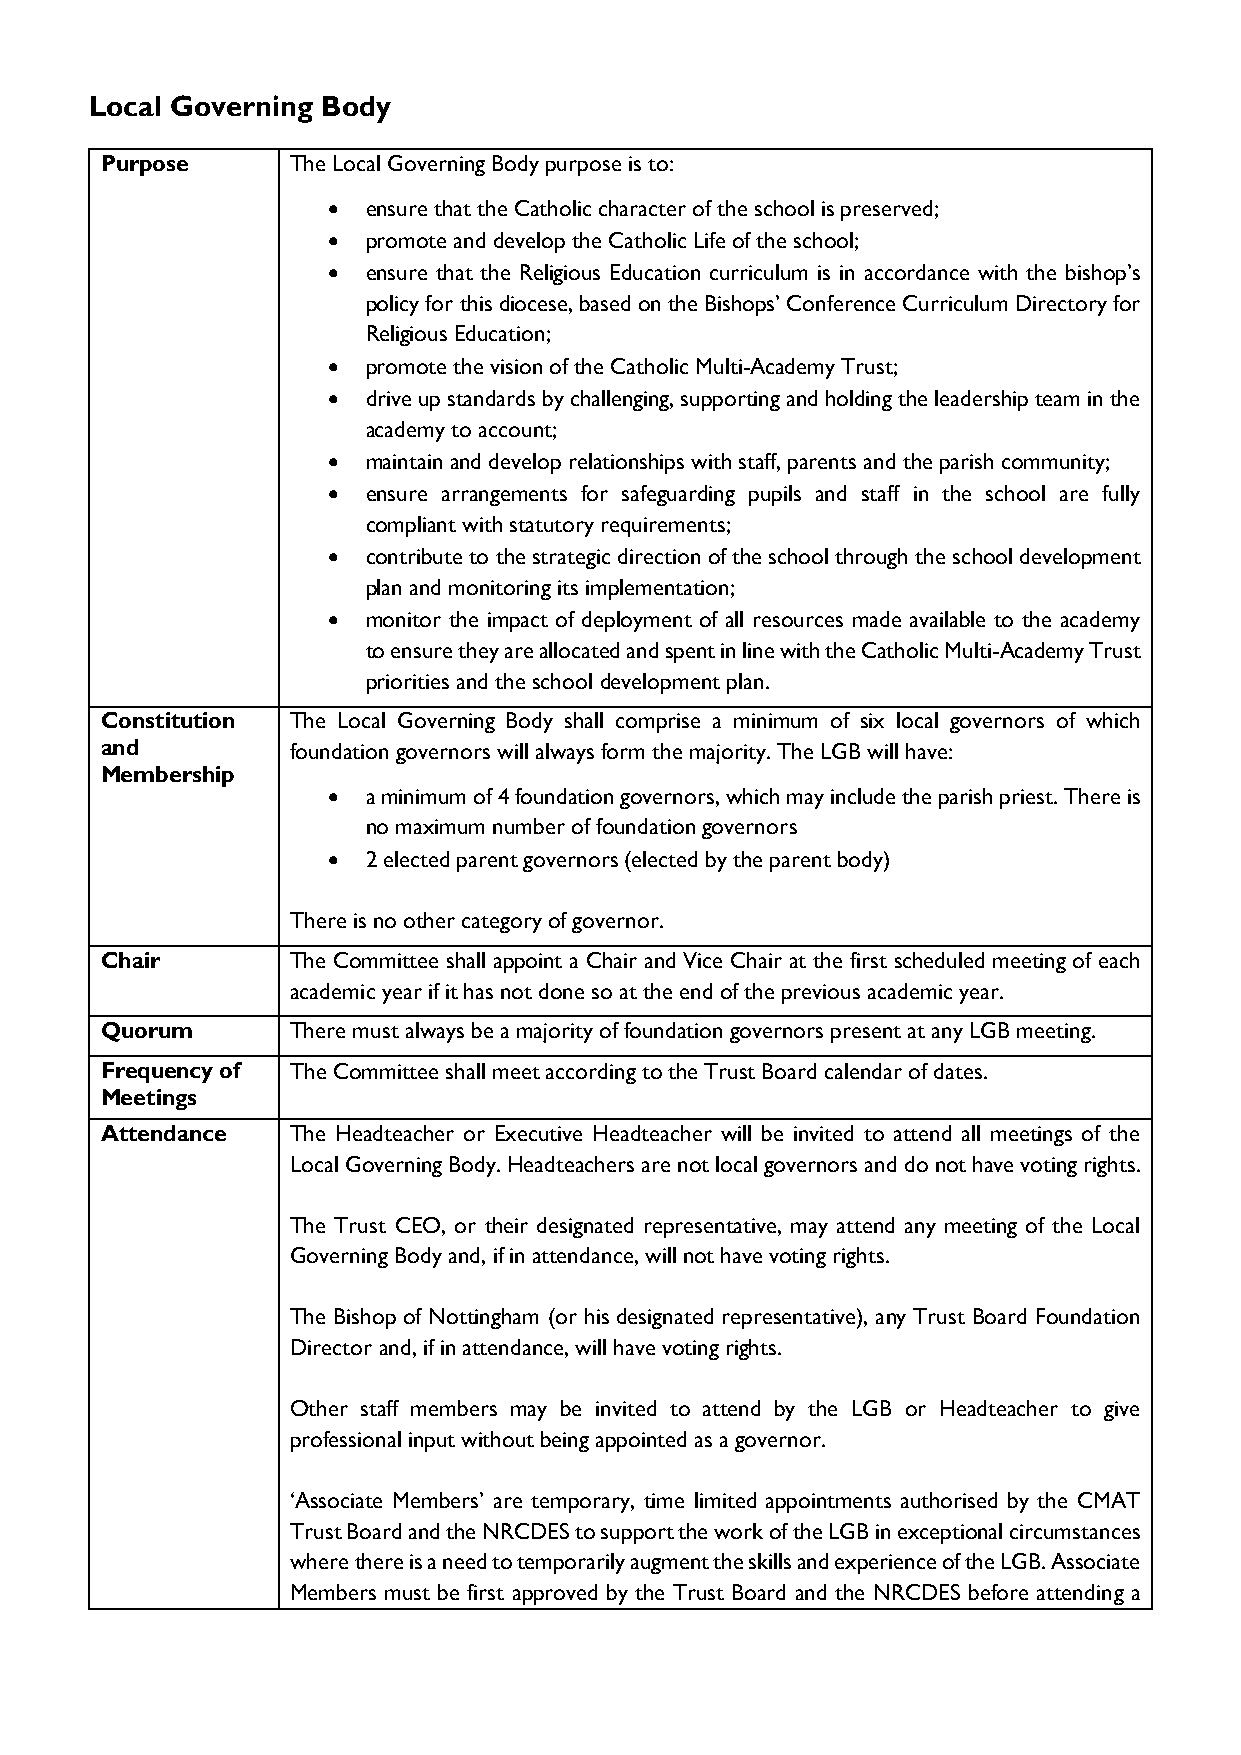
Local Governing Body
 Purpose     The Local Governing Body purpose is to:
 • ensure that the Catholic character of the school is preserved;
 • promote and develop the Catholic Life of the school;
 • ensure that the Religious Education curriculum is in accordance with the bishop’s
 policy for this diocese, based on the Bishops’ Conference Curriculum Directory for
 Religious Education;
 • promote the vision of the Catholic Multi-Academy Trust;
 • drive up standards by challenging, supporting and holding the leadership team in the
 academy to account;
 • maintain and develop relationships with staff, parents and the parish community;
 • ensure arrangements for safeguarding pupils and staff in the school are fully
 compliant with statutory requirements;
 • contribute to the strategic direction of the school through the school development
 plan and monitoring its implementation;
 • monitor the impact of deployment of all resources made available to the academy
 to ensure they are allocated and spent in line with the Catholic Multi-Academy Trust
 priorities and the school development plan.
 Constitution The Local Governing Body shall comprise a minimum of six local governors of which
 and         foundation governors will always form the majority. The LGB will have:
 Membership
 • a minimum of 4 foundation governors, which may include the parish priest. There is
 no maximum number of foundation governors
 • 2 elected parent governors (elected by the parent body)
 There is no other category of governor.
 Chair       The Committee shall appoint a Chair and Vice Chair at the first scheduled meeting of each
 academic year if it has not done so at the end of the previous academic year.
 Quorum      There must always be a majority of foundation governors present at any LGB meeting.
 Frequency of The Committee shall meet according to the Trust Board calendar of dates.
 Meetings
 Attendance  The Headteacher or Executive Headteacher will be invited to attend all meetings of the
 Local Governing Body. Headteachers are not local governors and do not have voting rights.
 The Trust CEO, or their designated representative, may attend any meeting of the Local
 Governing Body and, if in attendance, will not have voting rights.
 The Bishop of Nottingham (or his designated representative), any Trust Board Foundation
 Director and, if in attendance, will have voting rights.
 Other staff members may be invited to attend by the LGB or Headteacher to give
 professional input without being appointed as a governor.
 ‘Associate Members’ are temporary, time limited appointments authorised by the CMAT
 Trust Board and the NRCDES to support the work of the LGB in exceptional circumstances
 where there is a need to temporarily augment the skills and experience of the LGB. Associate
 Members must be first approved by the Trust Board and the NRCDES before attending a